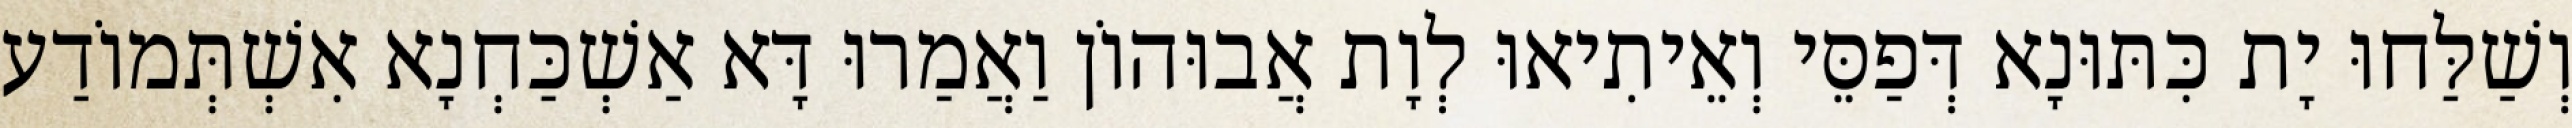
וְשַׁלַּחוּ יָת כִּתּוּנָא דְּפַסֵּי וְאֵיתִיאוּ לְוָת אֲבוּהוֹן וַאֲמַרוּ דָּא אַשְׁכַּחְנָא אִשְׁתְּמוֹדַע